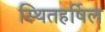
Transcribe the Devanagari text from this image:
स्थितहर्षिल